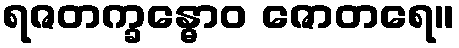
ရဇတက္ခန္ဓောဝ ဇောတရေ။